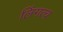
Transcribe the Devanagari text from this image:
लिंगत्व